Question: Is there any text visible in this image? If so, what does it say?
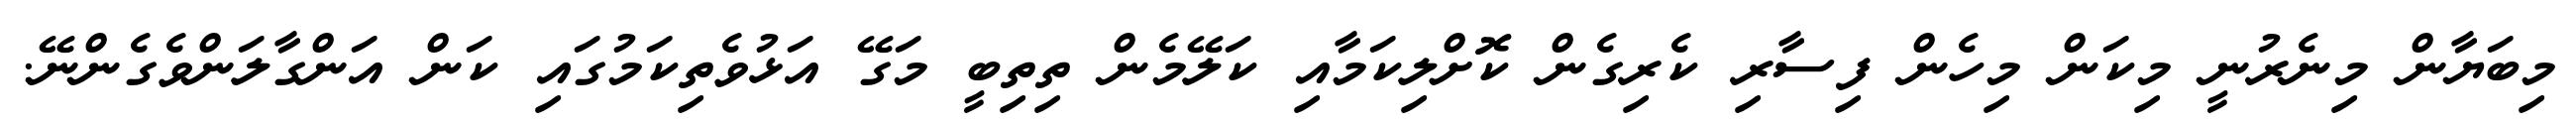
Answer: މިބަޔާން މިނެރުނީ މިކަން މިހެން ފިސާރި ކެރިގެން ކޮށްލިކަމާއި ކަލޭމެން ތިތިބީ މަގޭ އަޅުވެތިކަމުގައި ކަން އަންގާލަންވެގެންނޭ.